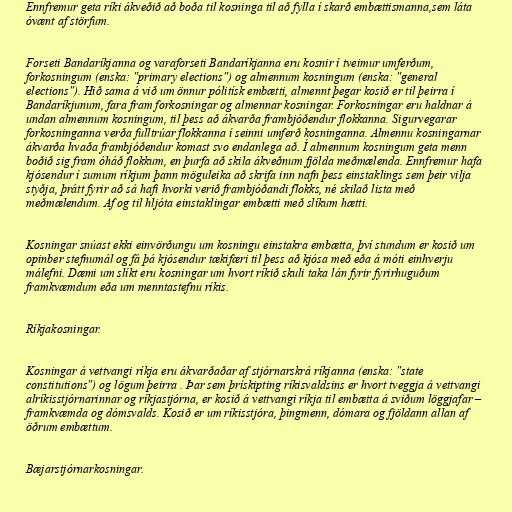
Ennfremur geta ríki ákveðið að boða til kosninga til að fylla í skarð embættismanna,sem láta
óvænt af störfum.

Forseti Bandaríkjanna og varaforseti Bandaríkjanna eru kosnir í tveimur umferðum,
forkosningum (enska: "primary elections") og almennum kosningum (enska: "general
elections"). Hið sama á við um önnur pólitísk embætti, almennt þegar kosið er til þeirra í
Bandaríkjunum, fara fram forkosningar og almennar kosningar. Forkosningar eru haldnar á
undan almennum kosningum, til þess að ákvarða frambjóðendur flokkanna. Sigurvegarar
forkosninganna verða fulltrúar flokkanna í seinni umferð kosninganna. Almennu kosningarnar
ákvarða hvaða frambjóðendur komast svo endanlega að. Í almennum kosningum geta menn
boðið sig fram óháð flokkum, en þurfa að skila ákveðnum fjölda meðmælenda. Ennfremur hafa
kjósendur í sumum ríkjum þann möguleika að skrifa inn nafn þess einstaklings sem þeir vilja
styðja, þrátt fyrir að sá hafi hvorki verið frambjóðandi flokks, né skilað lista með
meðmælendum. Af og til hljóta einstaklingar embætti með slíkum hætti.

Kosningar snúast ekki einvörðungu um kosningu einstakra embætta, því stundum er kosið um
opinber stefnumál og fá þá kjósendur tækifæri til þess að kjósa með eða á móti einhverju
málefni. Dæmi um slíkt eru kosningar um hvort ríkið skuli taka lán fyrir fyrirhuguðum
framkvæmdum eða um menntastefnu ríkis.

Ríkjakosningar.

Kosningar á vettvangi ríkja eru ákvarðaðar af stjórnarskrá ríkjanna (enska: "state
constitutions") og lögum þeirra . Þar sem þrískipting ríkisvaldsins er hvort tveggja á vettvangi
alríkisstjórnarinnar og ríkjastjórna, er kosið á vettvangi ríkja til embætta á sviðum löggjafar –
framkvæmda og dómsvalds. Kosið er um ríkisstjóra, þingmenn, dómara og fjöldann allan af
öðrum embættum.

Bæjarstjórnarkosningar.